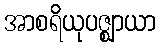
အာစရိယုပဇ္ဈာယာ